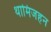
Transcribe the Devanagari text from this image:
थामिजहन